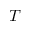
T